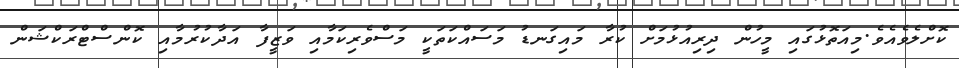
ކޮށްލެވެއެވެ.މިއަތޮޅުގައި މީހުން ދިރިއުޅުމަށް ކުރާ މައިގަނޑު މަސައްކަތަކީ މަސްވެރިކަމާއި ވަޒީފާ އަދާކުރުމާއި ކޮންސްޓްރަކްޝަން